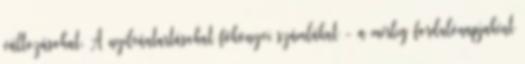
változásokat. A nyilvántartásokat főkönyvi számlákat - a mérleg fordulónapjaként